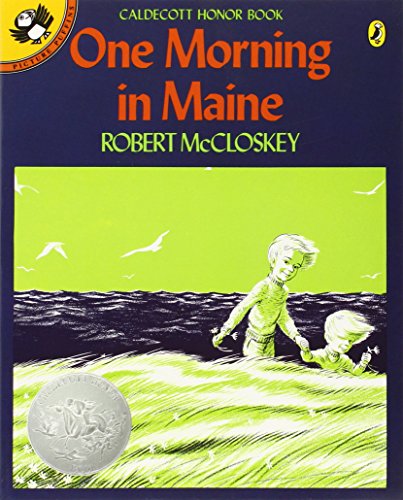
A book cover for One Morning in Maine (Picture Puffins); Robert McCloskey; Children's Books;